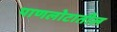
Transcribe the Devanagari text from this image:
पाणलोटातील